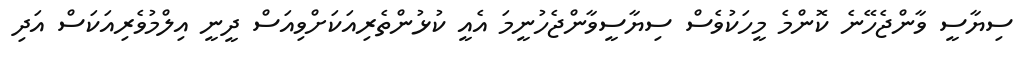
ސިޔާސީ ވާންޖެހޭނެ ކޮންމެ މީހަކުވެސް ސިޔާސީވާންޖެހުނީމަ އެއީ ކުޅުންތެރިއަކަށްވިއަސް ދީނީ އިލްމުވެރިއަކަސް އަދި